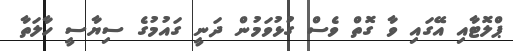
ޕްލޮޓާއި އޭގައި ވާ ގޮތް ވެސް ގުޅުވަމުން ދަނީ ގައުމުގެ ސިޔާސީ ހާލަތާ